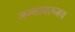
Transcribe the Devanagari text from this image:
जन्मावरूनच